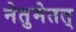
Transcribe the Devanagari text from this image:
नेतुमेतत्‌